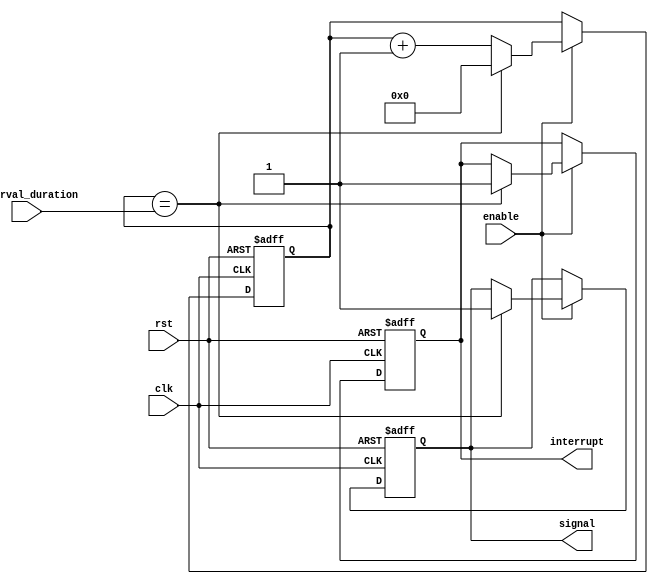
module interval_timer (
    input wire clk,
    input wire rst,
    input wire enable,
    input wire [31:0] interval_duration,
    output reg interrupt,
    output reg signal
);

reg [31:0] counter;

always @(posedge clk or posedge rst) begin
    if (rst) begin
        counter <= 0;
        interrupt <= 0;
        signal <= 0;
    end else if (enable) begin
        counter <= counter + 1;
        if (counter == interval_duration) begin
            interrupt <= 1;
            signal <= 1;
            counter <= 0;
        end
    end
end

endmodule